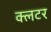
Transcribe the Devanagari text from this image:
क्लटर